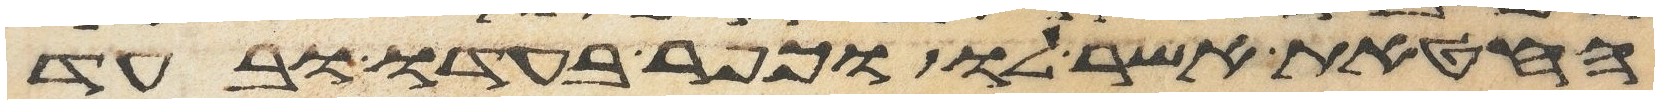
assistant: החטאת אשר לו וכפר בעדו ובעד